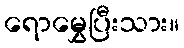
ရောမွှေပြီးသား။